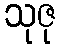
သုဇု